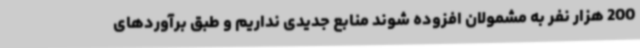
200 هزار نفر به مشمولان افزوده شوند منابع جدیدی نداریم و طبق برآوردهای